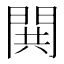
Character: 閧